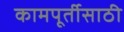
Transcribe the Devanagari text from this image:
कामपूर्तीसाठी